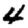
Digit: 4